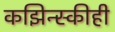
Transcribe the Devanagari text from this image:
कझिन्स्कीही